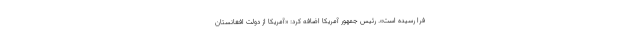
فرا رسیده است». رئیس جمهور آمریکا اضافه کرد: «آمریکا از دولت افغانستان